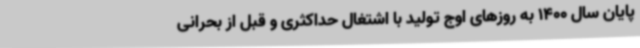
پایان سال 1400 به روزهای اوج تولید با اشتغال حداکثری و قبل از بحرانی